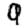
Digit: 9